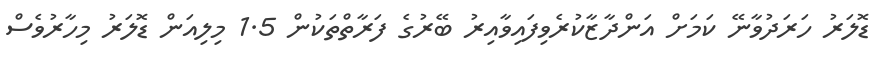
ޑޮލަރު ހަރަދުވާނޭ ކަމަށް އަންދާޒާކުރެވިފައިވާއިރު ބޭރުގެ ފަރާތްތަކުން 1.5 މިލިއަން ޑޮލަރު މިހާރުވެސް